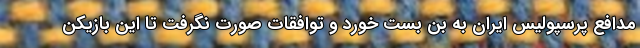
مدافع پرسپولیس ایران به بن بست خورد و توافقات صورت نگرفت تا این بازیکن